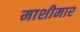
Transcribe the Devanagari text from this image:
माशीमार